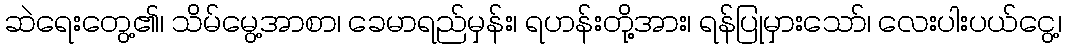
ဆဲရေးတွေ့၏၊ သိမ်မွေ့အာစာ၊ ခေမာရည်မှန်း၊ ရဟန်းတို့အား၊ ရန်ပြုမှားသော်၊ လေးပါးပယ်ငွေ့၊